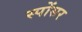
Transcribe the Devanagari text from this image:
स्पोंसर